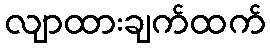
လျာထားချက်ထက်